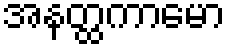
အနတ္ထကာမော